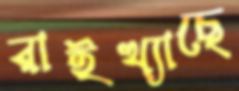
রাইখ্যাছে